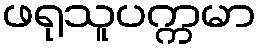
ဖရုသူပက္ကမာ